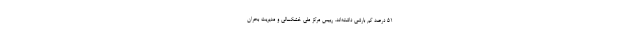
۵۱ درصد کم بارشی داشته‌اند. رییس مرکز ملی خشکسالی و مدیریت بحران